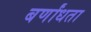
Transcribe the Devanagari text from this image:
बर्णांधता